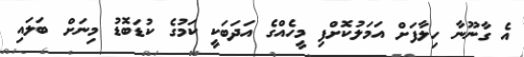
އެ ގާނޫނާ ހިލާފަށް އަމަލުކޮށްފި މީހެއްގެ އަދަބަކީ ކަމުގެ ކުޑަބޮޑު މިނަށް ބަލައި